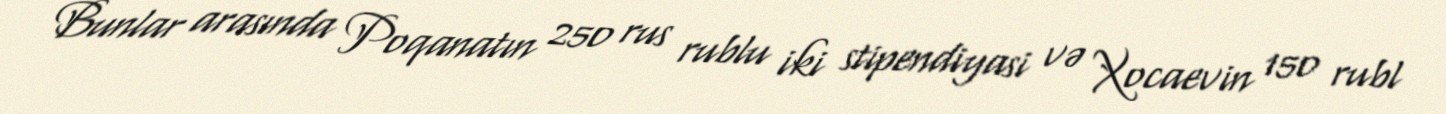
Bunlar arasında Poqanatın 250 rus rublu iki stipendiyasi və Xocaevin 150 rubl